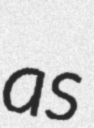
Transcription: as